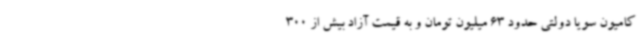
کامیون سویا دولتی حدود 63 میلیون تومان و به قیمت آزاد بیش از 300